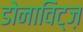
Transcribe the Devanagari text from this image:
डोनाविट्ज़